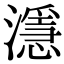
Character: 濦